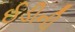
ઈડીની